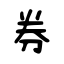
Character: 券